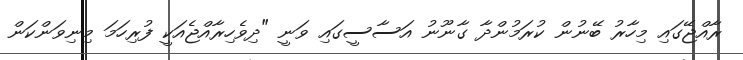
ރާއްޖޭގައި މިހާރު ބޭނުން ކުރަމުންދާ ގާނޫނު އަސާސީގައި ވަނީ "ދިވެހިރާއްޖެއަކީ ފުރިހަމަ މިނިވަންކަން